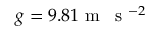
g = 9 . 8 1 \mathrm { ~ m ~ \, ~ s ~ } ^ { - 2 }